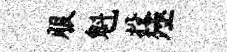
服魁投殛